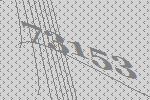
73153